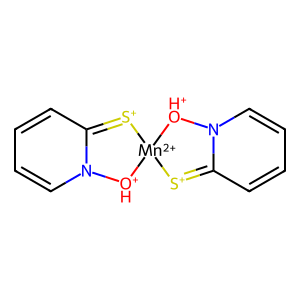
SMILES: C1=CC2=[S+][Mn+2]3([OH+]N2C=C1)[OH+]N1C=CC=CC1=[S+]3
Inhibits HIV replication: No